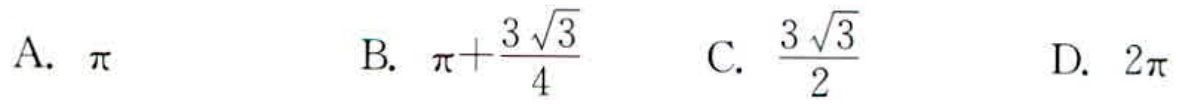
A. $\pi$

B. $\pi+\frac{3\sqrt{3}}{4}$

C. $\frac{3\sqrt{3}}{2}$

D. $2\pi$